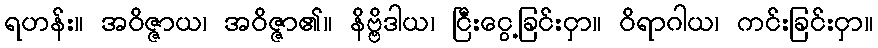
ရဟန်း။ အဝိဇ္ဇာယ၊ အဝိဇ္ဇာ၏။ နိဗ္ဗိဒါယ၊ ငြီးငွေ့ခြင်းငှာ။ ဝိရာဂါယ၊ ကင်းခြင်းငှာ။